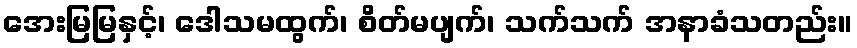
အေးမြမြနှင့်၊ ဒေါသမထွက်၊ စိတ်မပျက်၊ သက်သက် အနာခံသတည်း။